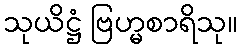
သုယိဋ္ဌံ ဗြဟ္မစာရိသု။